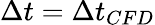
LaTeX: \Delta t=\Delta t_{CFD}